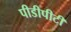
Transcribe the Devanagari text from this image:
पीडीपीटी